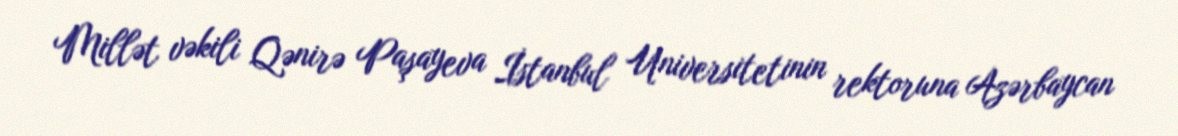
Millət vəkili Qənirə Paşayeva İstanbul Universitetinin rektoruna Azərbaycan